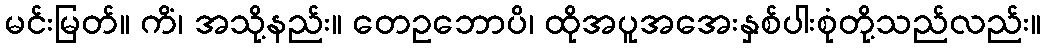
မင်းမြတ်။ ကိံ၊ အသို့နည်း။ တေဥဘောပိ၊ ထိုအပူအအေးနှစ်ပါးစုံတို့သည်လည်း။